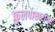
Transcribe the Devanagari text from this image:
फुलपाखरांवर